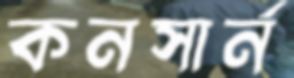
কনসার্ন